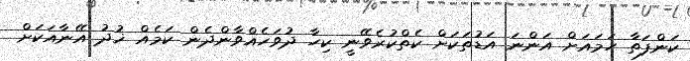
ކަންފަތާ ހަމައަށް އަންނަ އަޑުތަކަށް ކެތްކުރެވޭނީ ކިހާ ދުވަހެއްވާންދެން ކަމެއް ޚުދު އޭނާއަކަށް